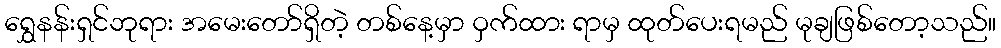
ရွှေနန်းရှင်ဘုရား အမေးတော်ရှိတဲ့ တစ်နေ့မှာ ဝှက်ထား ရာမှ ထုတ်ပေးရမည် မုချဖြစ်တော့သည်။